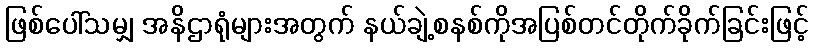
ဖြစ်ပေါ်သမျှ အနိဌာရုံများအတွက် နယ်ချဲ့စနစ်ကိုအပြစ်တင်တိုက်ခိုက်ခြင်းဖြင့်